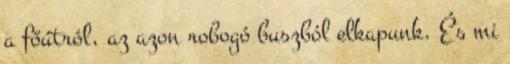
a főútról, az azon robogó buszból elkapunk. És mi